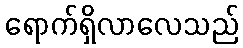
ရောက်ရှိလာလေသည်